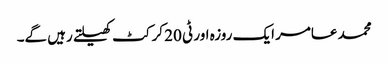
محمد عامر ایک روزہ اور ٹی 20 کرکٹ کھیلتے رہیں گے۔